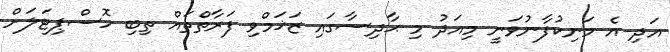
އަދި އެ މަނިކުފާނުވަނީ މިއަދު މި ޙާދިސާގައި ޒަޚަމްވި ފަރާތްތައް ތިބި ހޮސްޕިޓަލަށް